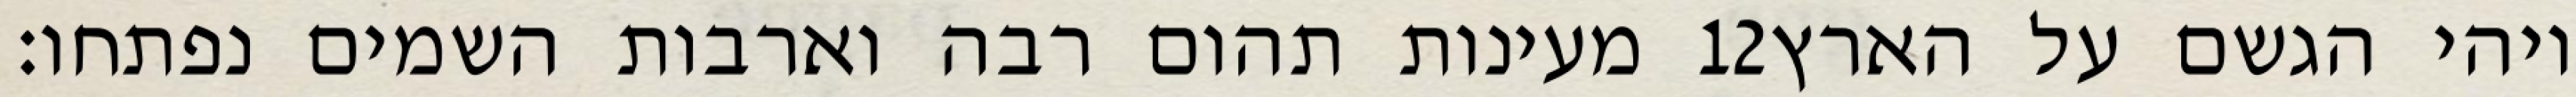
מעינות תהום רבה וארבות השמים נפתחו׃ ‎12‏ ויהי הגשם על הארץ